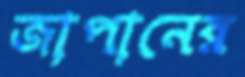
জাপানের